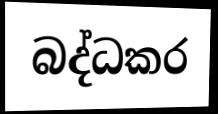
බද්ධකර